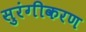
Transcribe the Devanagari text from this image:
सुरंगीकरण